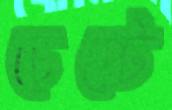
চেপ্টে